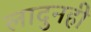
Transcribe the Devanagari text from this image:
लादुनही